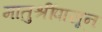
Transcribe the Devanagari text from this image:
मातुश्रींपासून